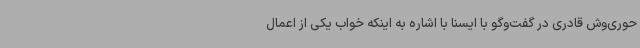
حوری‌وش قادری در گفت‌وگو با ایسنا با اشاره به اینکه خواب یکی از اعمال